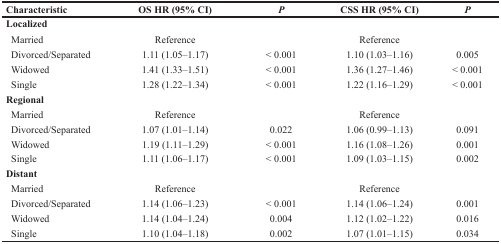
| Characteristic | OS HR (95% CI) | P | CSS HR (95% CI) | P |
 | --- | --- | --- | --- | --- |
 | Localized |  |  |  |  |
 | Married | Reference |  | Reference |  |
 | Divorced/Separated | 1.11 (1.05–1.17) | < 0.001 | 1.10 (1.03–1.16) | 0.005 |
 | Widowed | 1.41 (1.33–1.51) | < 0.001 | 1.36 (1.27–1.46) | < 0.001 |
 | Single | 1.28 (1.22–1.34) | < 0.001 | 1.22 (1.16–1.29) | < 0.001 |
 | Regional |  |  |  |  |
 | Married | Reference |  | Reference |  |
 | Divorced/Separated | 1.07 (1.01–1.14) | 0.022 | 1.06 (0.99–1.13) | 0.091 |
 | Widowed | 1.19 (1.11–1.29) | < 0.001 | 1.16 (1.08–1.26) | 0.001 |
 | Single | 1.11 (1.06–1.17) | < 0.001 | 1.09 (1.03–1.15) | 0.002 |
 | Distant |  |  |  |  |
 | Married | Reference |  | Reference |  |
 | Divorced/Separated | 1.14 (1.06–1.23) | < 0.001 | 1.14 (1.06–1.24) | 0.001 |
 | Widowed | 1.14 (1.04–1.24) | 0.004 | 1.12 (1.02–1.22) | 0.016 |
 | Single | 1.10 (1.04–1.18) | 0.002 | 1.07 (1.01–1.15) | 0.034 |